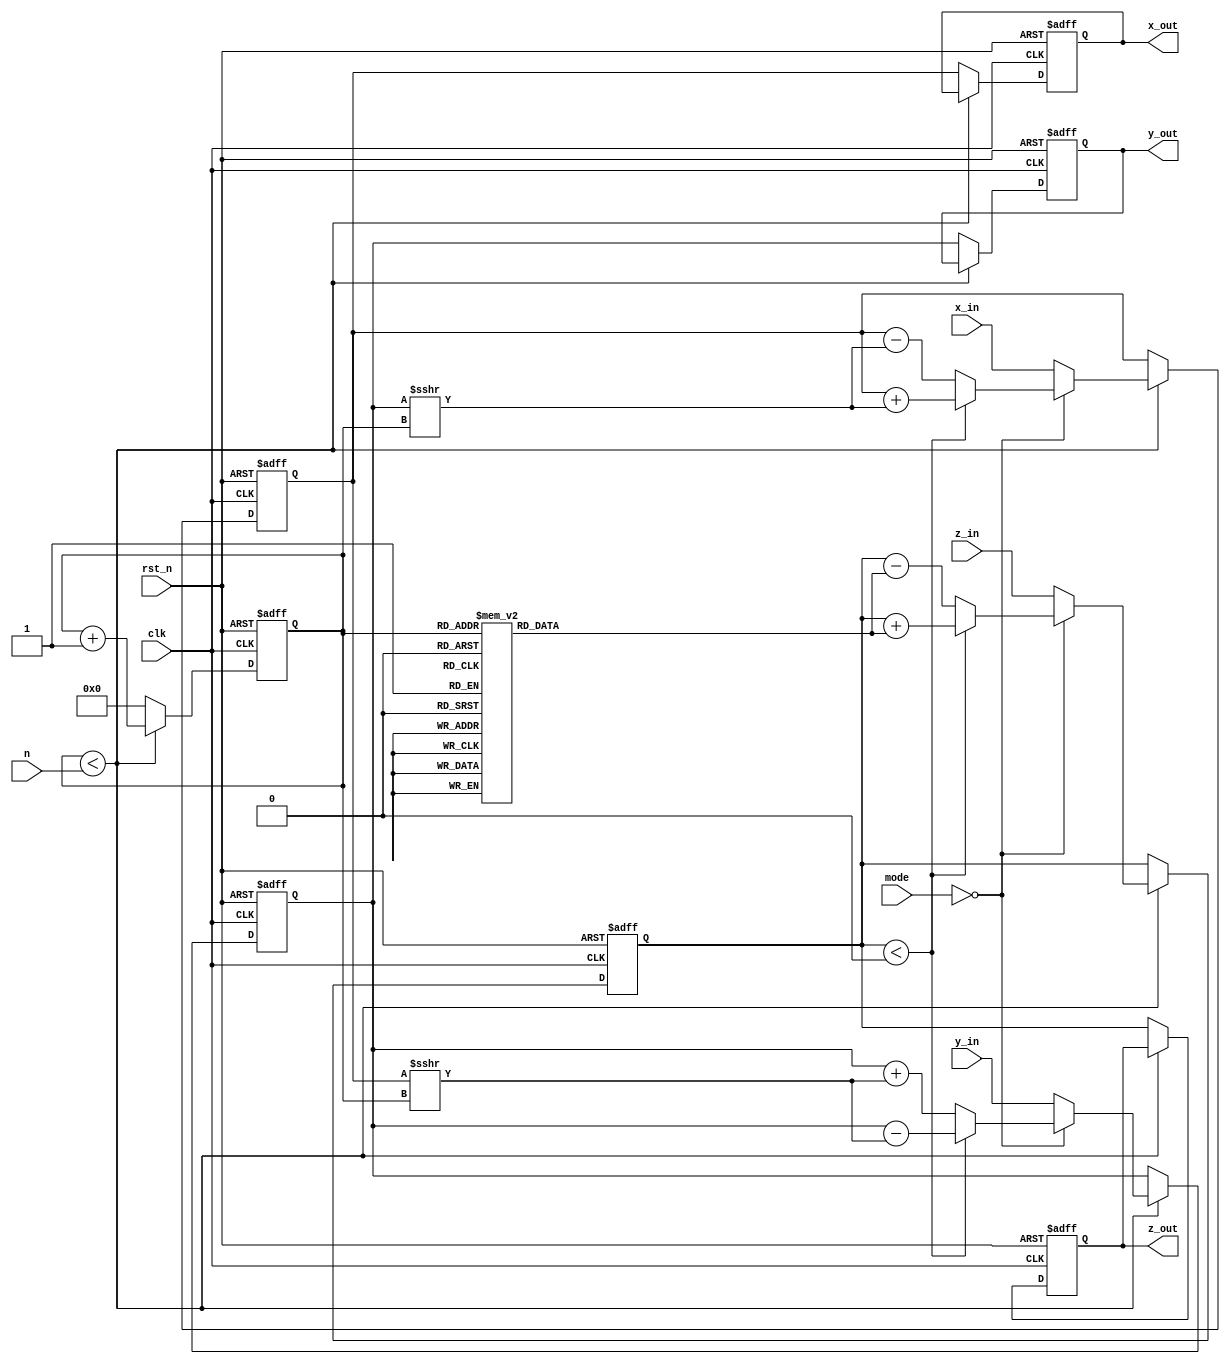
module CORDIC (
    input wire signed [15:0] x_in,     // Input x-coordinate
    input wire signed [15:0] y_in,     // Input y-coordinate
    input wire signed [15:0] z_in,     // Input angle in radians
    input wire [1:0] mode,             // Mode: 00 - Rotation, 01 - Vectoring
    input wire [3:0] n,                 // Number of iterations
    input wire clk,                     // Clock signal
    input wire rst_n,                   // Active low reset
    output reg signed [15:0] x_out,    // Output x-coordinate
    output reg signed [15:0] y_out,    // Output y-coordinate
    output reg signed [15:0] z_out      // Output angle or hyperbolic value
);
    // CORDIC constants for angles
    reg signed [15:0] angle_table [0:15]; // Angle lookup table
    initial begin
        angle_table[0] = 16'h3FFF; // 45 degrees (in Q15 format)
        angle_table[1] = 16'h2FF6; // 26.565 degrees
        angle_table[2] = 16'h1FF7; // 14.036 degrees
        angle_table[3] = 16'h1FF0; // 7.125 degrees
        angle_table[4] = 16'h1FE0; // 3.576 degrees
        angle_table[5] = 16'h1FC3; // 1.791 degrees
        angle_table[6] = 16'h1F87; // 0.896 degrees
        angle_table[7] = 16'h1F00; // 0.463 degrees
        // ... continue to fill the table as needed
    end

    reg [3:0] iteration; // Current iteration count
    reg signed [15:0] x; // Internal x variable
    reg signed [15:0] y; // Internal y variable
    reg signed [15:0] z; // Internal z variable

    always @(posedge clk or negedge rst_n) begin
        if (!rst_n) begin
            // Reset outputs and internal variables
            x_out <= 16'd0;
            y_out <= 16'd0;
            z_out <= 16'd0;
            iteration <= 4'd0;
            x <= 16'd0;
            y <= 16'd0;
            z <= 16'd0;
        end else begin
            if (iteration < n) begin
                // Update internal values
                x <= x_in;
                y <= y_in;
                z <= z_in;

                // CORDIC iteration logic
                if (mode == 2'b00) begin // Rotation mode
                    if (z < 0) begin
                        // Rotate counter-clockwise
                        x <= x + (y >>> iteration);
                        y <= y - (x >>> iteration);
                        z <= z + angle_table[iteration];
                    end else begin
                        // Rotate clockwise
                        x <= x - (y >>> iteration);
                        y <= y + (x >>> iteration);
                        z <= z - angle_table[iteration];
                    end
                end
                // Other modes can be implemented similarly

                // Increment iteration count
                iteration <= iteration + 1;
            end else begin
                // Output final values after iterations
                x_out <= x;
                y_out <= y;
                z_out <= z;
                iteration <= 4'd0; // Reset for next operation
            end
        end
    end
endmodule